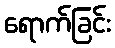
ရောက်ခြင်း